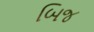
બિજ